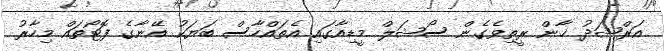
އަރްޝަދު ޚާން ރީތިވެގެން ސޯޝަލް މީޑިއާގައި އެތައްހާސް ބަޔަކު އޭނާގެ ފޮޓޯތައް މިހާރު